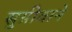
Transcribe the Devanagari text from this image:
सुग्रीवाने